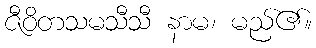
ဇီဝိတသမသီသီ နာမ၊ မည်၏။